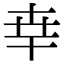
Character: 𠦡